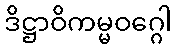
ဒိဋ္ဌာဝိကမ္မဝဂ္ဂေါ